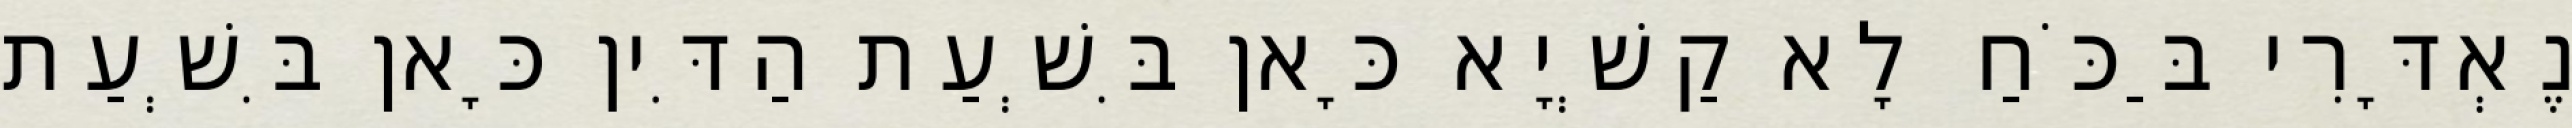
נֶאְדָּרִי בַּכֹּחַ לָא קַשְׁיָא כָּאן בִּשְׁעַת הַדִּין כָּאן בִּשְׁעַת